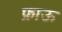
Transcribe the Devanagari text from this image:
फ्राऊ